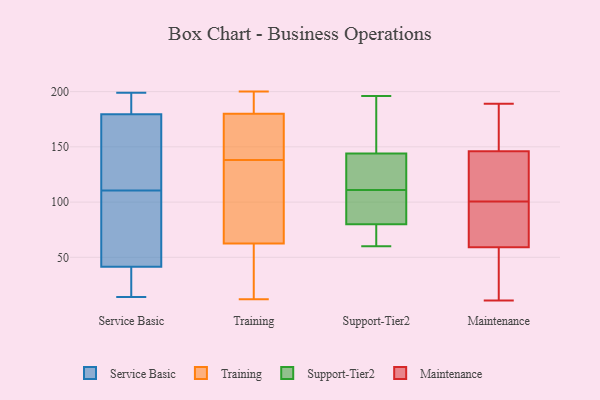
{"axis": {"x": "Churn Rate (%)", "y": "Value"}, "legend": ["Maintenance", "Service Basic", "Support-Tier2", "Training"], "data": [{"x": "", "y": 14, "type": "Service Basic"}, {"x": "", "y": 40, "type": "Service Basic"}, {"x": "", "y": 104, "type": "Service Basic"}, {"x": "", "y": 173, "type": "Service Basic"}, {"x": "", "y": 43, "type": "Service Basic"}, {"x": "", "y": 117, "type": "Service Basic"}, {"x": "", "y": 190, "type": "Service Basic"}, {"x": "", "y": 192, "type": "Service Basic"}, {"x": "", "y": 136, "type": "Service Basic"}, {"x": "", "y": 60, "type": "Service Basic"}, {"x": "", "y": 186, "type": "Service Basic"}, {"x": "", "y": 130, "type": "Service Basic"}, {"x": "", "y": 72, "type": "Service Basic"}, {"x": "", "y": 17, "type": "Service Basic"}, {"x": "", "y": 199, "type": "Service Basic"}, {"x": "", "y": 23, "type": "Service Basic"}, {"x": "", "y": 181, "type": "Training"}, {"x": "", "y": 156, "type": "Training"}, {"x": "", "y": 26, "type": "Training"}, {"x": "", "y": 198, "type": "Training"}, {"x": "", "y": 20, "type": "Training"}, {"x": "", "y": 185, "type": "Training"}, {"x": "", "y": 171, "type": "Training"}, {"x": "", "y": 198, "type": "Training"}, {"x": "", "y": 48, "type": "Training"}, {"x": "", "y": 12, "type": "Training"}, {"x": "", "y": 200, "type": "Training"}, {"x": "", "y": 179, "type": "Training"}, {"x": "", "y": 45, "type": "Training"}, {"x": "", "y": 132, "type": "Training"}, {"x": "", "y": 77, "type": "Training"}, {"x": "", "y": 113, "type": "Training"}, {"x": "", "y": 176, "type": "Training"}, {"x": "", "y": 127, "type": "Training"}, {"x": "", "y": 144, "type": "Training"}, {"x": "", "y": 89, "type": "Training"}, {"x": "", "y": 92, "type": "Support-Tier2"}, {"x": "", "y": 144, "type": "Support-Tier2"}, {"x": "", "y": 140, "type": "Support-Tier2"}, {"x": "", "y": 167, "type": "Support-Tier2"}, {"x": "", "y": 151, "type": "Support-Tier2"}, {"x": "", "y": 111, "type": "Support-Tier2"}, {"x": "", "y": 63, "type": "Support-Tier2"}, {"x": "", "y": 107, "type": "Support-Tier2"}, {"x": "", "y": 80, "type": "Support-Tier2"}, {"x": "", "y": 60, "type": "Support-Tier2"}, {"x": "", "y": 196, "type": "Support-Tier2"}, {"x": "", "y": 111, "type": "Support-Tier2"}, {"x": "", "y": 124, "type": "Support-Tier2"}, {"x": "", "y": 67, "type": "Support-Tier2"}, {"x": "", "y": 115, "type": "Maintenance"}, {"x": "", "y": 62, "type": "Maintenance"}, {"x": "", "y": 11, "type": "Maintenance"}, {"x": "", "y": 146, "type": "Maintenance"}, {"x": "", "y": 189, "type": "Maintenance"}, {"x": "", "y": 77, "type": "Maintenance"}, {"x": "", "y": 30, "type": "Maintenance"}, {"x": "", "y": 178, "type": "Maintenance"}, {"x": "", "y": 86, "type": "Maintenance"}, {"x": "", "y": 146, "type": "Maintenance"}, {"x": "", "y": 38, "type": "Maintenance"}, {"x": "", "y": 166, "type": "Maintenance"}, {"x": "", "y": 85, "type": "Maintenance"}, {"x": "", "y": 59, "type": "Maintenance"}, {"x": "", "y": 189, "type": "Maintenance"}, {"x": "", "y": 126, "type": "Maintenance"}, {"x": "", "y": 41, "type": "Maintenance"}, {"x": "", "y": 115, "type": "Maintenance"}]}